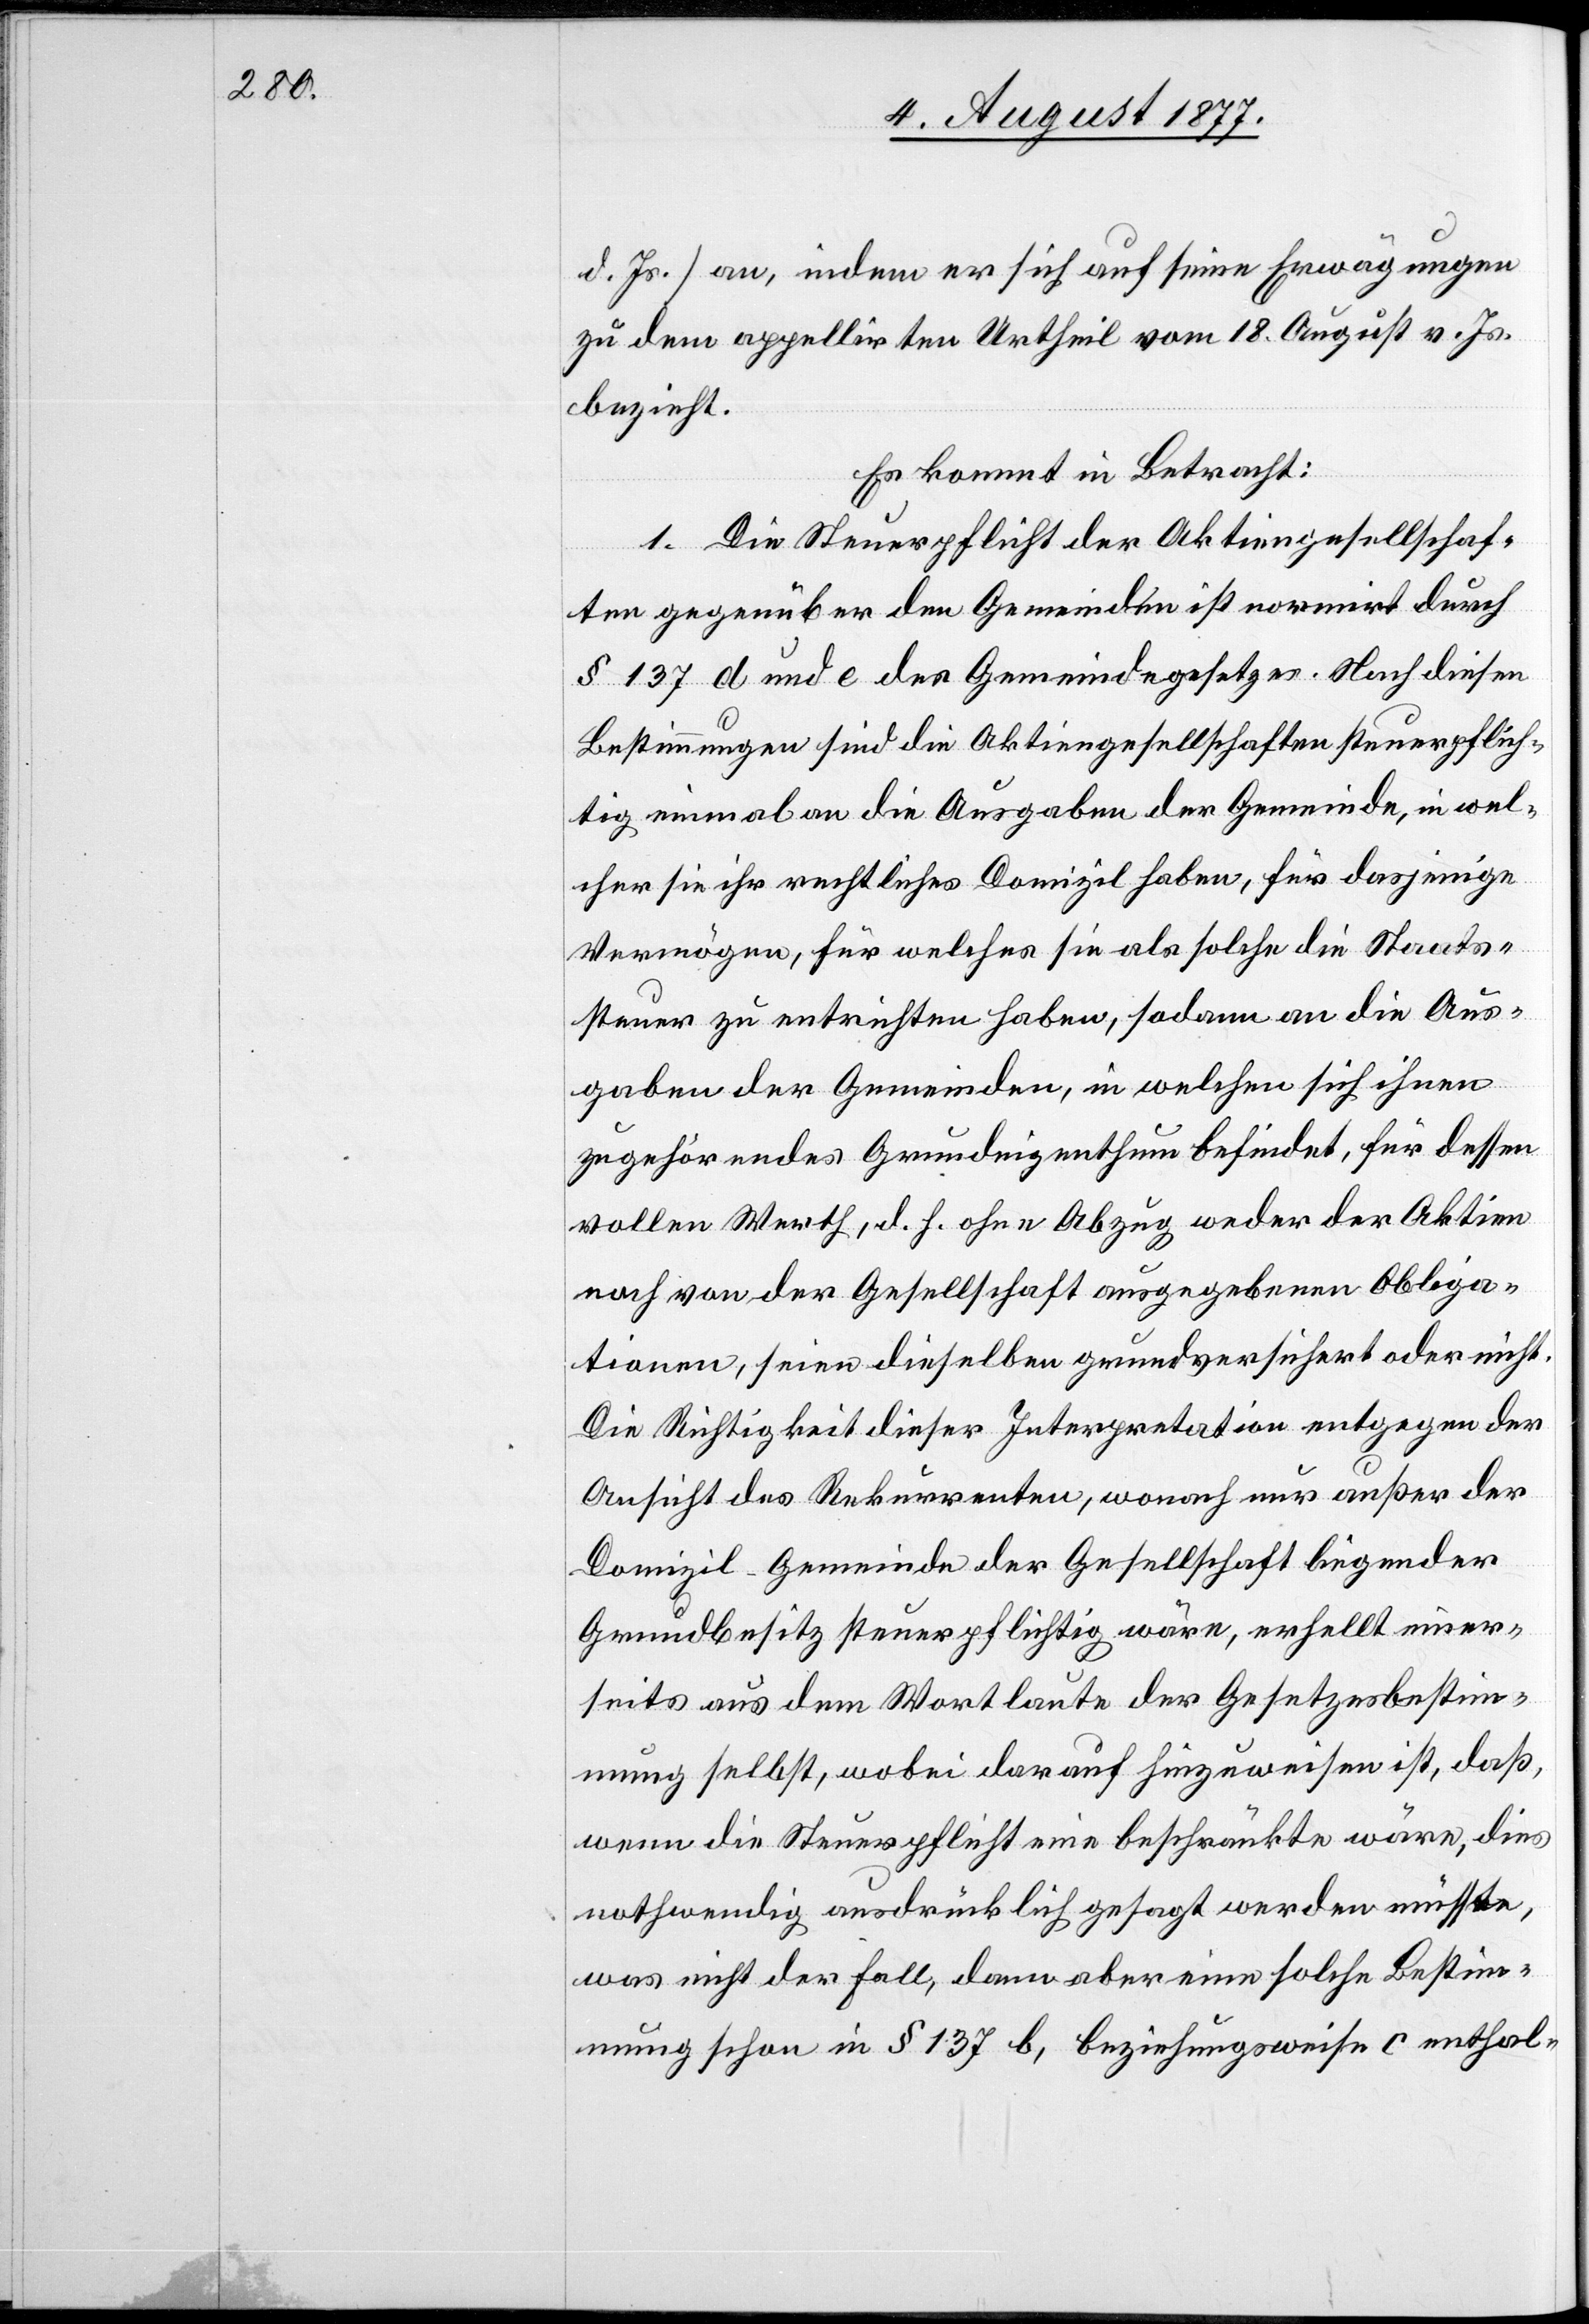
d. Js.] an, indem er sich auf seine Erwägungen
zu dem appellirten Urtheil vom 18. August v. Js.
bezieht.
Es kommt in Betracht:
1. Die Steuerpflicht der Aktiengesellschaf¬
ten gegenüber den Gemeinden ist normirt durch
§ 137 d und e des Gemeindegesetzes. Nach diesen
Bestimmungen sind die Aktiengesellschaften steuerpflich¬
tig einmal an die Ausgaben der Gemeinde, in wel¬
cher sie ihr rechtliches Domizil haben, für dasjenige
Vermögen, für welches sie als solche die Staats¬
steuer zu entrichten haben, sodann an die Aus¬
gaben der Gemeinden, in welchen sich ihnen
zugehörendes Grundeigenthum befindet, für dessen
vollen Werth, d. h. ohne Abzug weder der Aktien
noch von der Gesellschaft ausgegebenen Obliga¬
tionen, seien dieselben grundversichert oder nicht.
Die Richtigkeit dieser Interpretation entgegen der
Ansicht des Rekurrenten, wonach nur außer der
Domizil-Gemeinde der Gesellschaft liegender
Grundbesitz steuerpflichtig wäre, erhellt einer¬
seits aus dem Wortlaute der Gesetzesbestim¬
mung selbst, wobei darauf hinzuweisen ist, daß,
wenn die Steuerpflicht eine beschränkte wäre, dies
nothwendig ausdrücklich gesagt werden müsste,
was nicht der Fall, dann aber eine solche Bestim¬
mung schon in § 137 b, beziehungsweise c enthal-